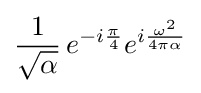
{\frac {1}{\sqrt {\alpha }}}\,e^{-i{\frac {\pi }{4}}}e^{i{\frac {\omega ^{2}}{4\pi \alpha }}}